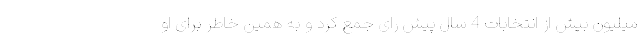
میلیون بیش از انتخابات 4 سال پیش رای جمع کرد و به همین خاطر برای او